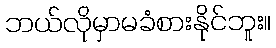
ဘယ်လိုမှာမခံစားနိုင်ဘူး။